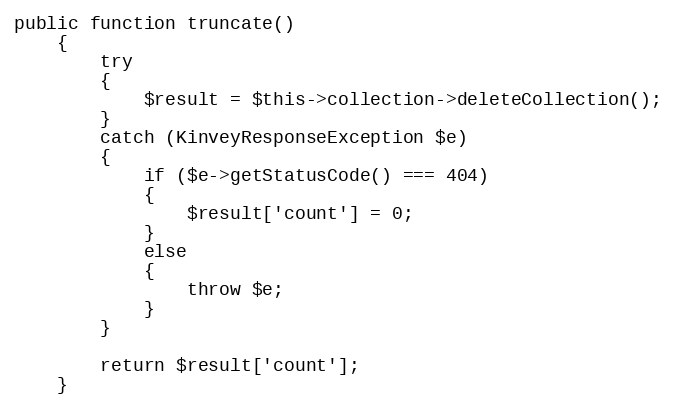
Language: PHP
public function truncate()
	{
		try
		{
			$result = $this->collection->deleteCollection();
		}
		catch (KinveyResponseException $e)
		{
			if ($e->getStatusCode() === 404)
			{
				$result['count'] = 0;
			}
			else
			{
				throw $e;
			}
		}

		return $result['count'];
	}